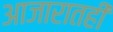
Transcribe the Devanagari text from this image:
आजारातही